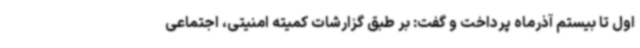
اول تا بیستم آذرماه پرداخت و گفت: بر طبق گزارشات کمیته امنیتی، اجتماعی